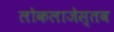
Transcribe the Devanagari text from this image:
लोकलाजेस्तव